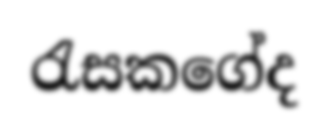
රැසකගේද